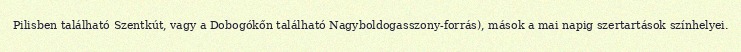
Pilisben található Szentkút, vagy a Dobogókőn található Nagyboldogasszony-forrás), mások a mai napig szertartások színhelyei.